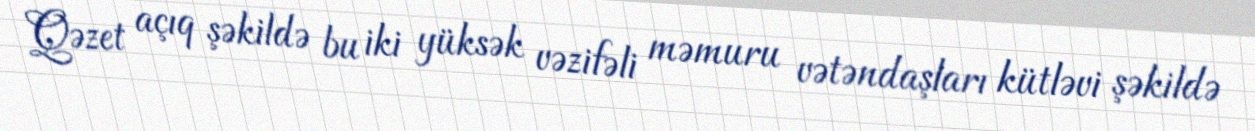
Qəzet açıq şəkildə bu iki yüksək vəzifəli məmuru vətəndaşları kütləvi şəkildə